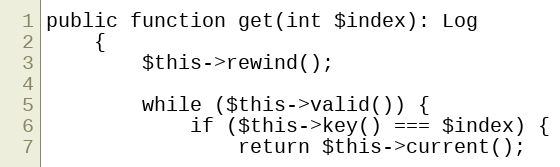
Language: PHP
public function get(int $index): Log
    {
        $this->rewind();

        while ($this->valid()) {
            if ($this->key() === $index) {
                return $this->current();